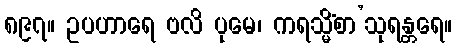
၈၉၇။ ဥပဟာရေ ဗလိ ပုမေ၊ ကရသ္မိံစာ’သုရန္တရေ။